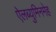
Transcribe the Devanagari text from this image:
ऐलब्युमिनमेह